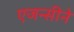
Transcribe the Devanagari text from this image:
एजन्सीने